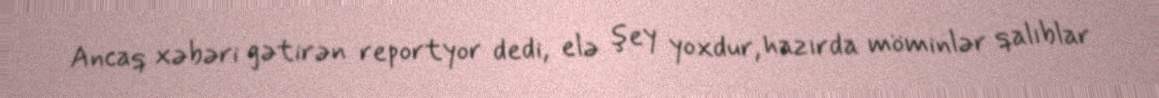
Ancaq xəbəri gətirən reportyor dedi, elə şey yoxdur, hazırda möminlər qalıblar